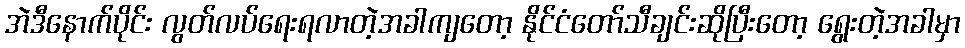
အဲဒီနောက်ပိုင်း လွတ်လပ်ရေးရလာတဲ့အခါကျတော့ နိုင်ငံတော်သီချင်းဆိုပြီးတော့ ရွေးတဲ့အခါမှာ